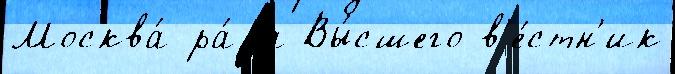
Москва́ ра́за Вы́сшего в'е́стн'ик